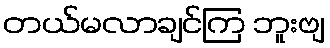
တယ်မလာချင်ကြ ဘူးဗျ